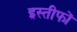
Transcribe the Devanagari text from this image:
इस्तीफों